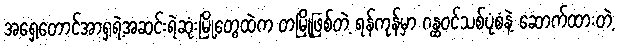
အရှေ့တောင်အာရှရဲ့အဆင်းရဲဆုံးမြို့တွေထဲက တမြို့ဖြစ်တဲ့ ရန်ကုန်မှာ ဂန္ထဝင်သစ်ပုံစံနဲ့ ဆောက်ထားတဲ့